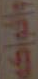
والفواكه